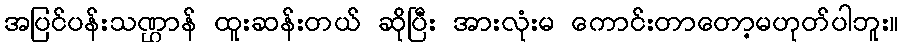
အပြင်ပန်းသဏ္ဌာန် ထူးဆန်းတယ် ဆိုပြီး အားလုံးမ ကောင်းတာတော့မဟုတ်ပါဘူး။